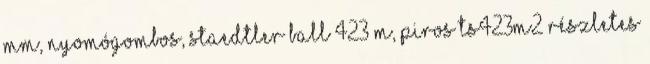
mm, nyomógombos, STAEDTLER Ball 423 M, piros TS423M2 részletes